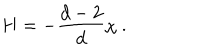
LaTeX: H = - { \frac { d - 2 } { d } } \chi ~ .